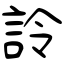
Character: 詅